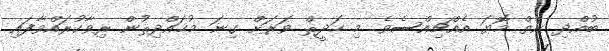
ބުއްދި ނެތް މޮޔަ އެއްޗިއްސެވެ. މި ހަދީޘް ވަރަށް ގިނަ މުޙައްދިޘުން ރިވާކުރައްވާފައި